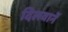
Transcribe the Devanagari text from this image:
दिलवानें